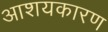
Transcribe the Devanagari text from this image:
आशयकारण